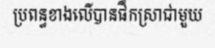
ប្រពន្ធខាងលើបានផឹកស្រាជាមួយ